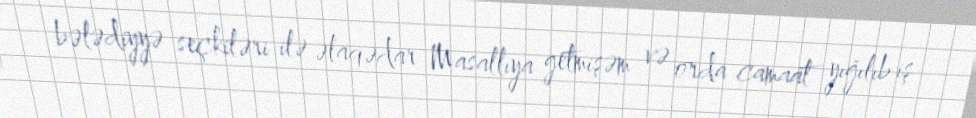
bələdiyyə seçkiləri ilə əlaqədar Masallıya getmişəm və orda camaat yığılıb iş